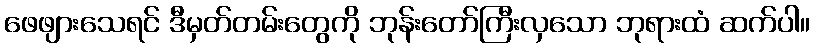
ဖေဖျားသေရင် ဒီမှတ်တမ်းတွေကို ဘုန်းတော်ကြီးလှသော ဘုရားထံ ဆက်ပါ။